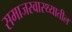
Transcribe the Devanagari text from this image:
समाजस्वास्थ्यातील